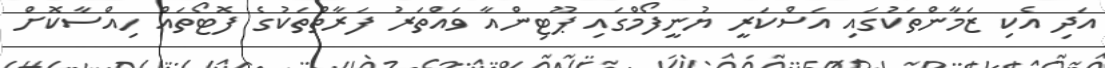
އަދި އެކި ޒަމާންތަކުގައި އަސްކަރީ ޔުނީފޯމްގައި ޕޫޓިންއާ ވައްތަރު ފަރާތްތަކުގެ ފޮޓޯތައް ހިއްސާކޮށް